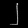
Digit: ၂